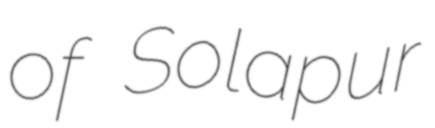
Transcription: of Solapur